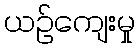
ယဉ်ကျေးမှု